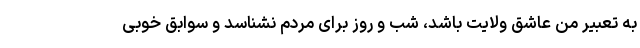
به تعبیر من عاشق ولایت باشد، شب و روز برای مردم نشناسد و سوابق خوبی